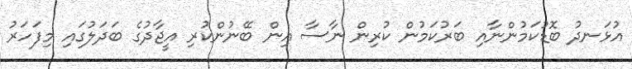
އުޅަނދު ބޮޑުކަމުންނާއި ބަރުކަމުން ކުރިން ނާސާ އިން ބޭނުންކުރި އީޖާދުގެ ބަދަލުގައި މިފަހަރު